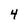
Character: 4